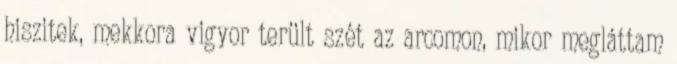
hiszitek, mekkora vigyor terült szét az arcomon, mikor megláttam